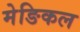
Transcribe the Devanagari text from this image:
मेङिकल